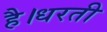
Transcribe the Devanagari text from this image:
है।धरती